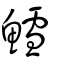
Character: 鱈